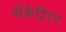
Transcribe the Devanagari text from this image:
सेक्रेट्रिएट